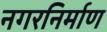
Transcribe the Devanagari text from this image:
नगरनिर्माण